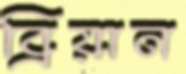
ব্রিয়ান